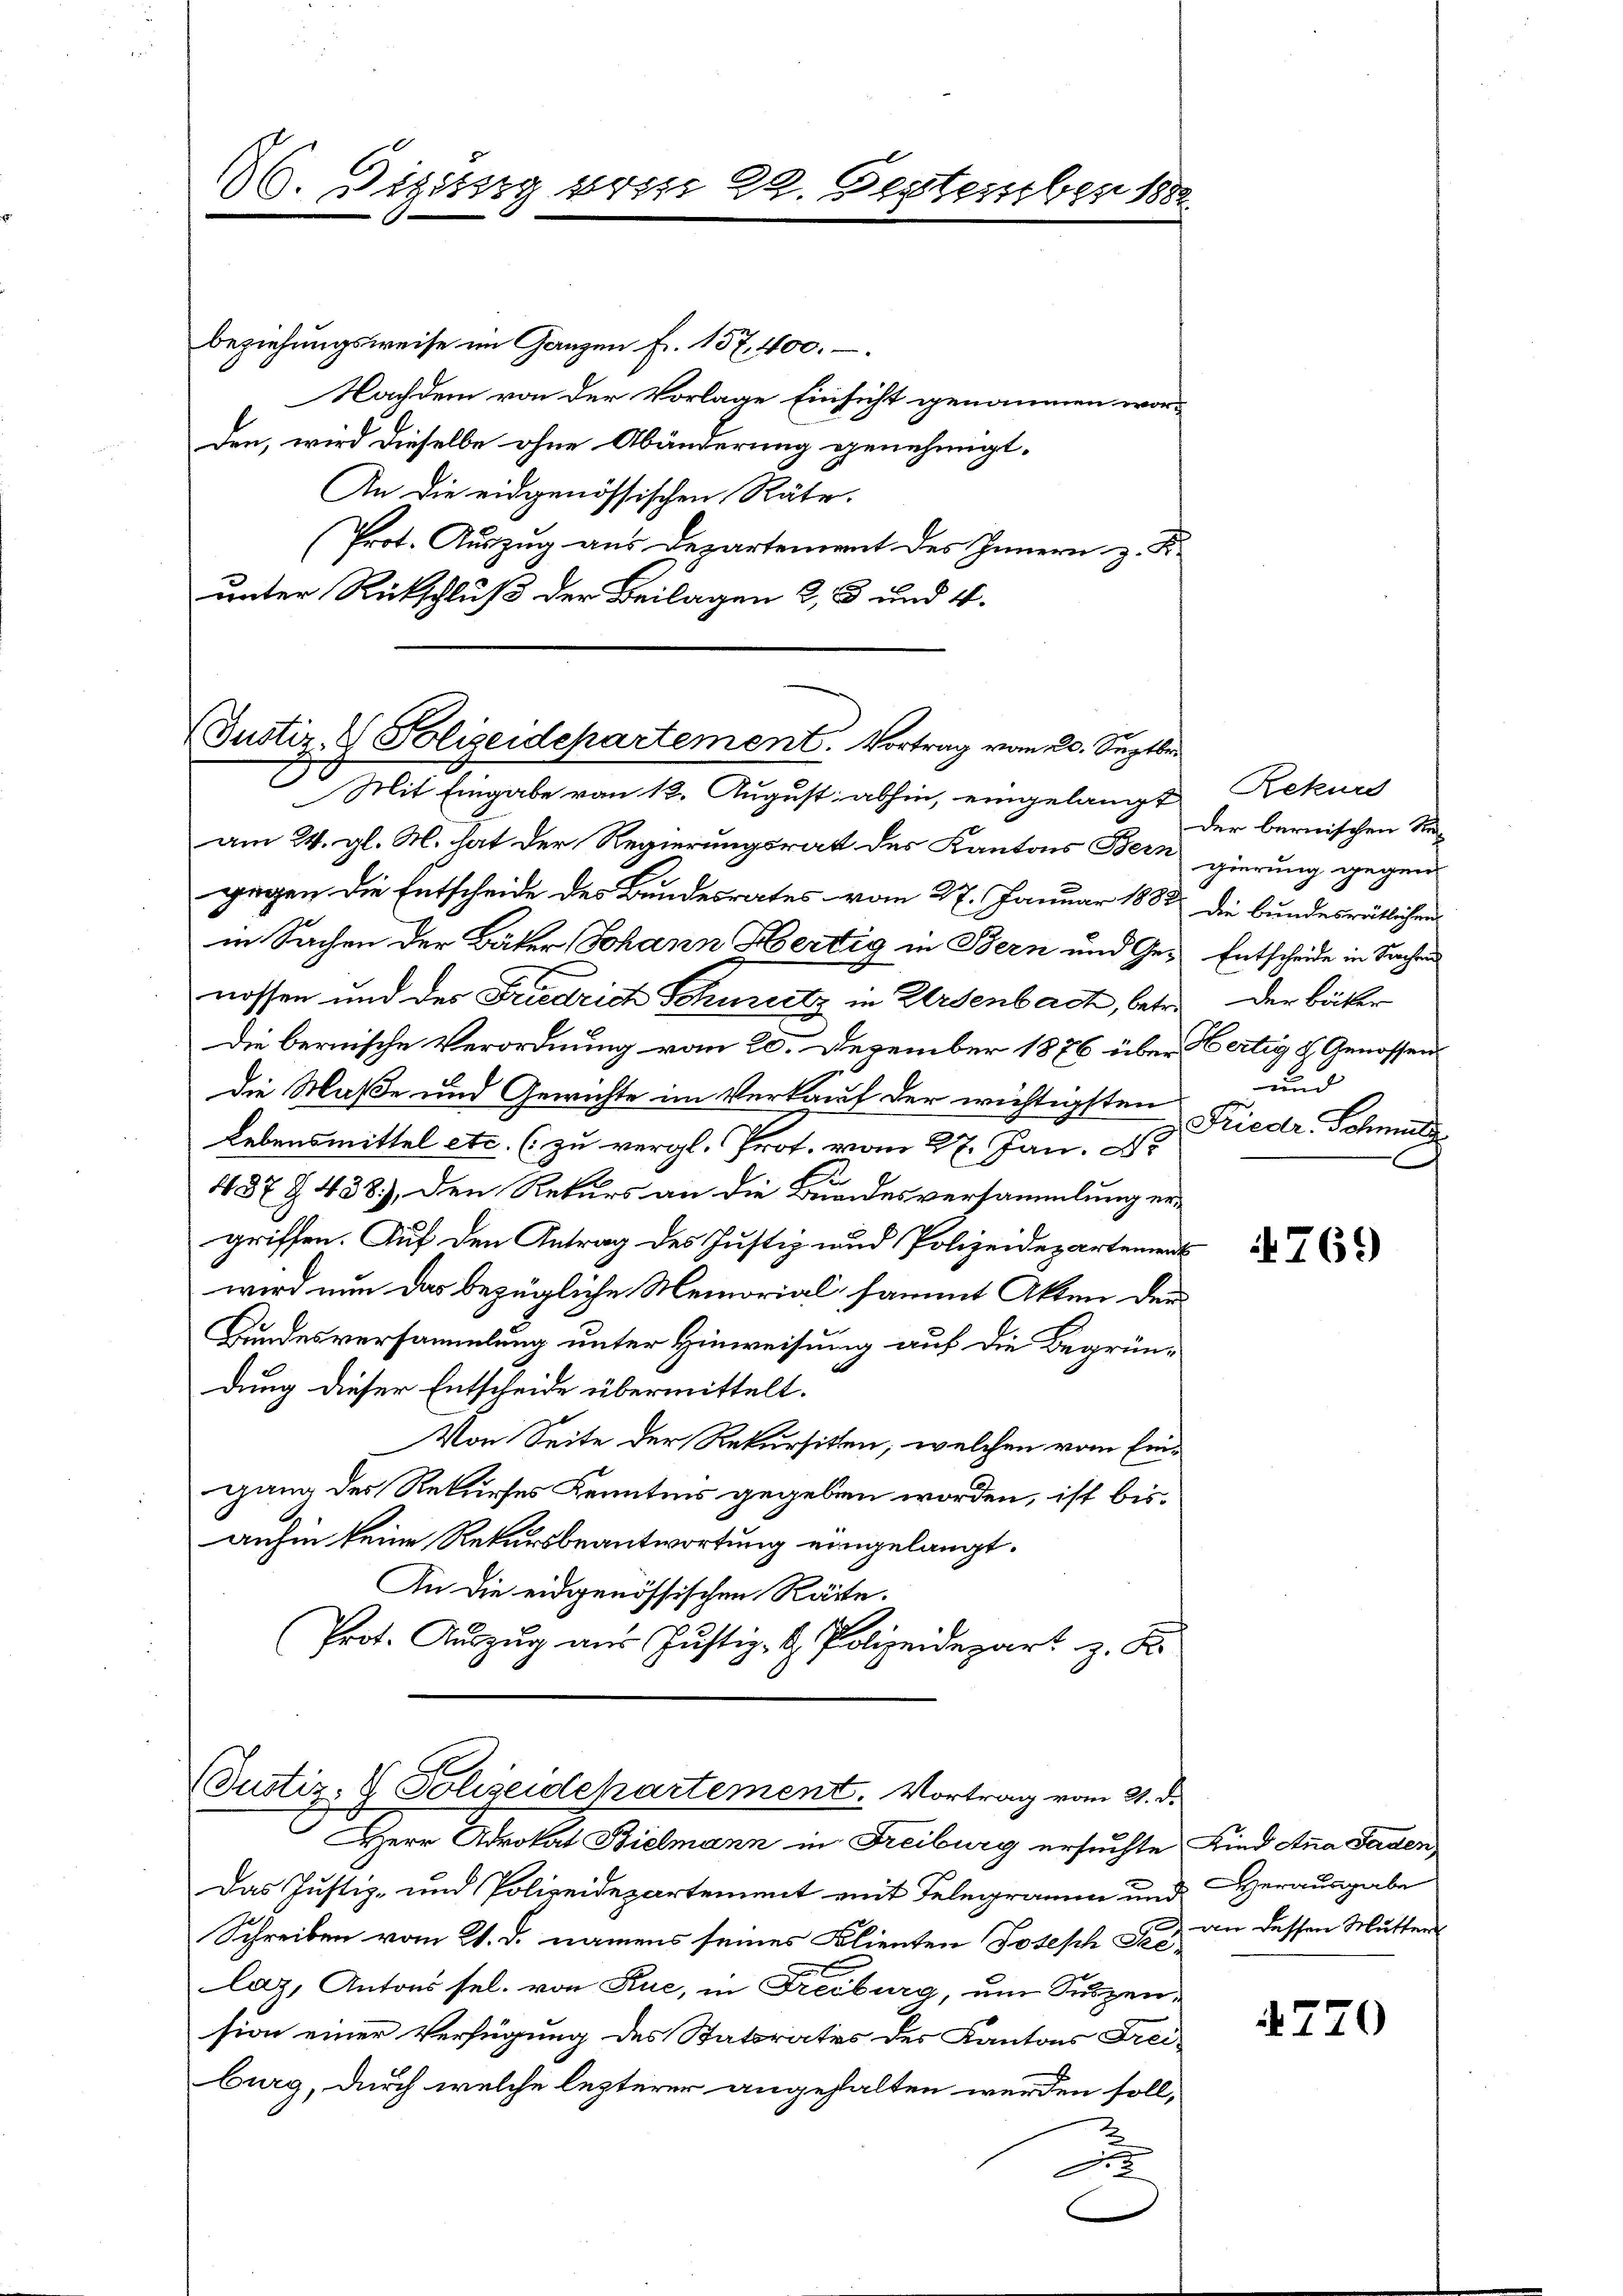
16. Dieberg von 29. September 18

beziehungsweise im Ganzen Fr. 157, 400.
Nachdem von der Vorlage Einsicht genommen wor-
den, wird dieselbe ohne Abänderung genehmigt.
An die eidgenössischen Räte.
Prot. Auszug aus Departement des Innern z. K.
unter Rückschluß der Beilagen 2, 3 und 4.

Justiz- & Polizeidepartement. Vortrag vom 20. Septbr
D

Mit Eingabe von 12. August abhin, eingelangt
am 24. gl. M. hat der Regierungsrath des Kantons Bern gierung gegengegen die Entscheide des Bundesrates vom 27. Januar 1882
in Sachen der Bäter Johann Fertig in Bern und Genossen und des Friedrich Schuritz in Arsenbach, betre
Die bernische Verordnung vom 20. Dezember 1876 über Bertig & Genossens
die Maße und Gewichte im Verkauf der wichtigsten
Lebensmittel etc. (zu vergl. Prot. vom 27. Jan. D
487 § 438), den Rekurs an die Bundesversammlung ergriffen. Auf den Antrag des Justiz und Polizeidepartement
wird nun das bezügliche Memorial sammt Akten der
Bundesversammlung unter Hinweisung auf die Begrün-
dung dieser Entscheide übermittelt.
Von Seite der Rekursitten, welchen vom Ein-
gang des Rekurses Kenntnis gegeben worden, ist bis
anhin keine Rekursbeantwortung eingelangt.
An die eidgenössischen Räte.
Prot. Aŭszŭg aŭs Jŭstiz- & Polizeidepart z. B.
Justiz- & Polizeidepartement. Vortrag vom 2. d.
Herr Advokat Bielmann in Freiburg ersuchte Kind Anna Faden,
Das Justiz- und Polizeidepartement mit Telegramm und Herausgabe
Schreiben vom 21. d. namens seines Blienten Joseph Pec. an dessen Mutter
laz, Antons sel. von Rue, in Freiburg, um Suspension einer Verfügung des Statorates des Kantons Freiburg, durch welche lezterer angehalten werden soll,
A

Rekurs
der bernischen Sta-
die bundesrätlichen
Entscheide in Sachen
der Bäker
und
Friedr. Schmutz
.

769

4720